Report of the Indian Hemp Drugs Commission, 1894-1895 - Volume VII
Year: 1894
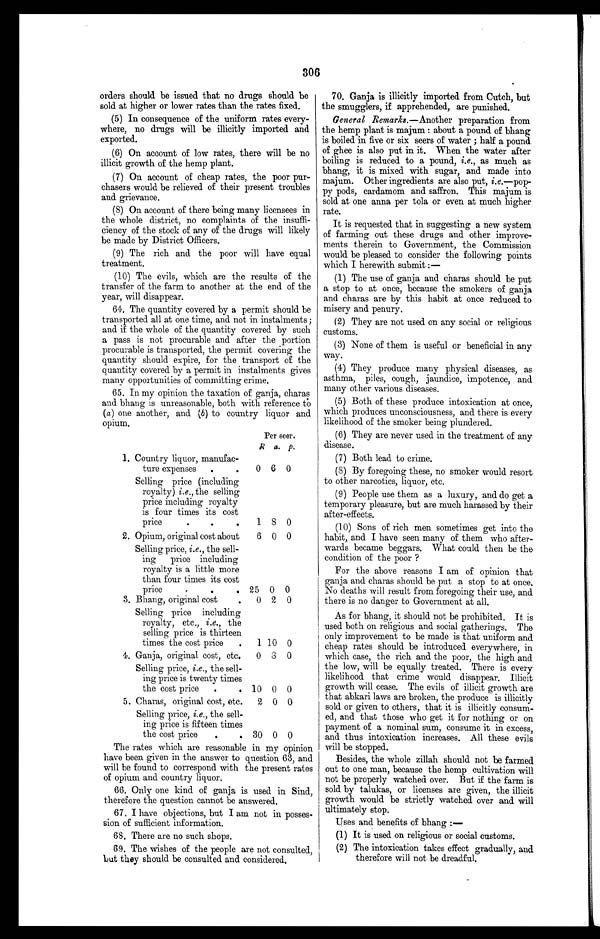
306
orders should be issued that no drugs should be
sold at higher or lower rates than the rates fixed.
(5) In consequence of the uniform rates every-
where, no drugs will be illicitly imported and
exported.
(6) On account of low rates, there will be no
illicit growth of the hemp plant.
(7) On account of cheap rates, the poor pur-
chasers would be relieved of their present troubles
and grievance.
(8) On account of there being many licensees in
the whole district, no complaints of the insuffi-
ciency of the stock of any of the drugs will likely
be made by District Officers.
(9) The rich and the poor will have equal
treatment.
(10) The evils, which are the results of the
transfer of the farm to another at the end of the
year, will disappear.
64. The quantity covered by a permit should be
transported all at one time, and not in instalments
and if the whole of the quantity covered by suet
a pass is not procurable and after the portion
procurable is transported, the permit covering the
quantity should expire, for the transport of the
quantity covered by a permit in instalments give,
many opportunities of committing crime.
65. In my opinion the taxation of ganja, charas
and bhang is unreasonable, both with reference to
(a) one another, and (b ) to country liquor a
n d o
p i u m .
Per seer.
R a. p.
1. Country liquor, manufac-
ture expenses
0 6 0
Selling price (including
royalty) i.e., the selling
price including royalty
is four times its cost
price
1 8 0
2. Opium, original cost about
6 0 0
Selling price, i.e., the sell-
ing
price including
royalty is a little more
than four times its cost
price
25 0 0
3. Bhang, original cost
0 2 0
Selling price including
royalty, etc., i.e., the
selling price is thirteen
times the cost price
1 10 0
4. Ganja, original cost, etc.
0 6 0
Selling price, i.e., the sell-
ing price is twenty times
the cost price
10 0 0
5. Charas, original cost, etc.
2 0 0
Selling price, i.e., the sell-
ing price is fifteen times
the cost price
30 0 0
The rates which are reasonable in my opinion
have been given in the answer to question 63, and
will be found to correspond with the present rates
of opium and country liquor.
66. Only one kind of ganja is used in Sind,
therefore the question cannot be answered.
67. I have objections, but I am not in posses-
sion of sufficient information.
68. There are no such shops.
69. The wishes of the people are not consulted,
but they should be consulted and considered.
70. Ganja is illicitly imported from Cutch, but
the smugglers, if apprehended, are punished.
General Remarks.— Another preparation from
the hemp plant is majum : about a pound of bhang
is boiled in five or six seers of water ; half a pound
of ghee is also put in it. When the water after
boiling is reduced to a pound, i.e., as much as
bhang, it is mixed with sugar, and made into
majum. Other ingredients are also put, i.e.—pop-
py pods, cardamom and saffron. This majum is
sold at one anna per tola or even at much higher
rate.
It is requested that in suggesting a new system
of farming out these drugs and other improve-
ments therein to Government, the Commission
would be pleased to consider the following points
which I herewith submit :
—
(1) The use of ganja and charas should be put
a stop to at once, because the smokers of ganja
and charas are by this habit at once reduced to
misery and penury.
(2) They are not used on any social or religious
customs.
(3) None of them is useful or beneficial in any
way.
(4) They produce many physical diseases, as
asthma, piles, cough, jaundice, impotence, and
many other various diseases.
(5) Both of these produce intoxication at once,
which produces unconsciousness, and there is every
likelihood of the smoker being plundered.
(6) They are never used in the treatment of any
disease.
(7) Both lead to crime.
(8) By foregoing these, no smoker would resort
to other narcotics, liquor, etc.
(9) People use them as a luxury, and do get a
temporary pleasure, but are much harassed by their
after-effects.
(10) Sons of rich men sometimes get into the
habit, and I have seen many of them who after-
wards became beggars. What could then be the
condition of the poor ?
For the above reasons I am of opinion that
ganja and charas should be put a stop to at once.
No deaths will result from foregoing their use, and
there is no danger to Government at all.
As for bhang, it should not be prohibited. It is
used both on religious and social gatherings. The
only improvement to be made is that uniform and
cheap rates should be introduced everywhere, in
which case, the rich and the poor, the high and
the low, will be equally treated. There is every
likelihood that crime would disappear. Illicit
growth will cease. The evils of illicit growth are
that abkari laws are broken, the produce is illicitly
sold or given to others, that it is illicitly consum-
ed, and that those who get it for nothing or on
payment of a nominal sum, consume it in excess,
and thus intoxication increases. All these evils
will be stopped.
Besides, the whole zillah should not be farmed
out to one man, because the hemp cultivation will
not be properly watched over. But if the farm is
sold by talukas, or licenses are given, the illicit
growth would be strictly watched over and will
ultimately stop.
Uses and benefits of bhang
( 1 )
It is used on religious or social customs.
( 2 )
T h e i n t o x i c a t i o n t a k e s e f f e c t g r a d u a l l y , a n d
therefore will not be dreadful,